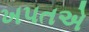
ખપતએ